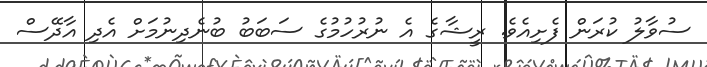
ސުވާލު ކުރަން ފެށިއެވެ. ރީޝާގެ އެ ނުރުހުމުގެ ސަބަބު ބުނެދިނުމަށް އެދި އާދޭސް